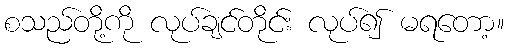
စသည်တို့ကို လုပ်ချင်တိုင်း လုပ်၍ မရတော့။